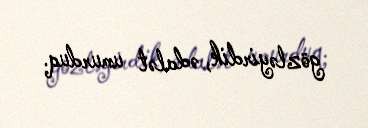
gözləyirdik, ədalət umurduq.